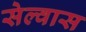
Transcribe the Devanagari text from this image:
सेल्वास